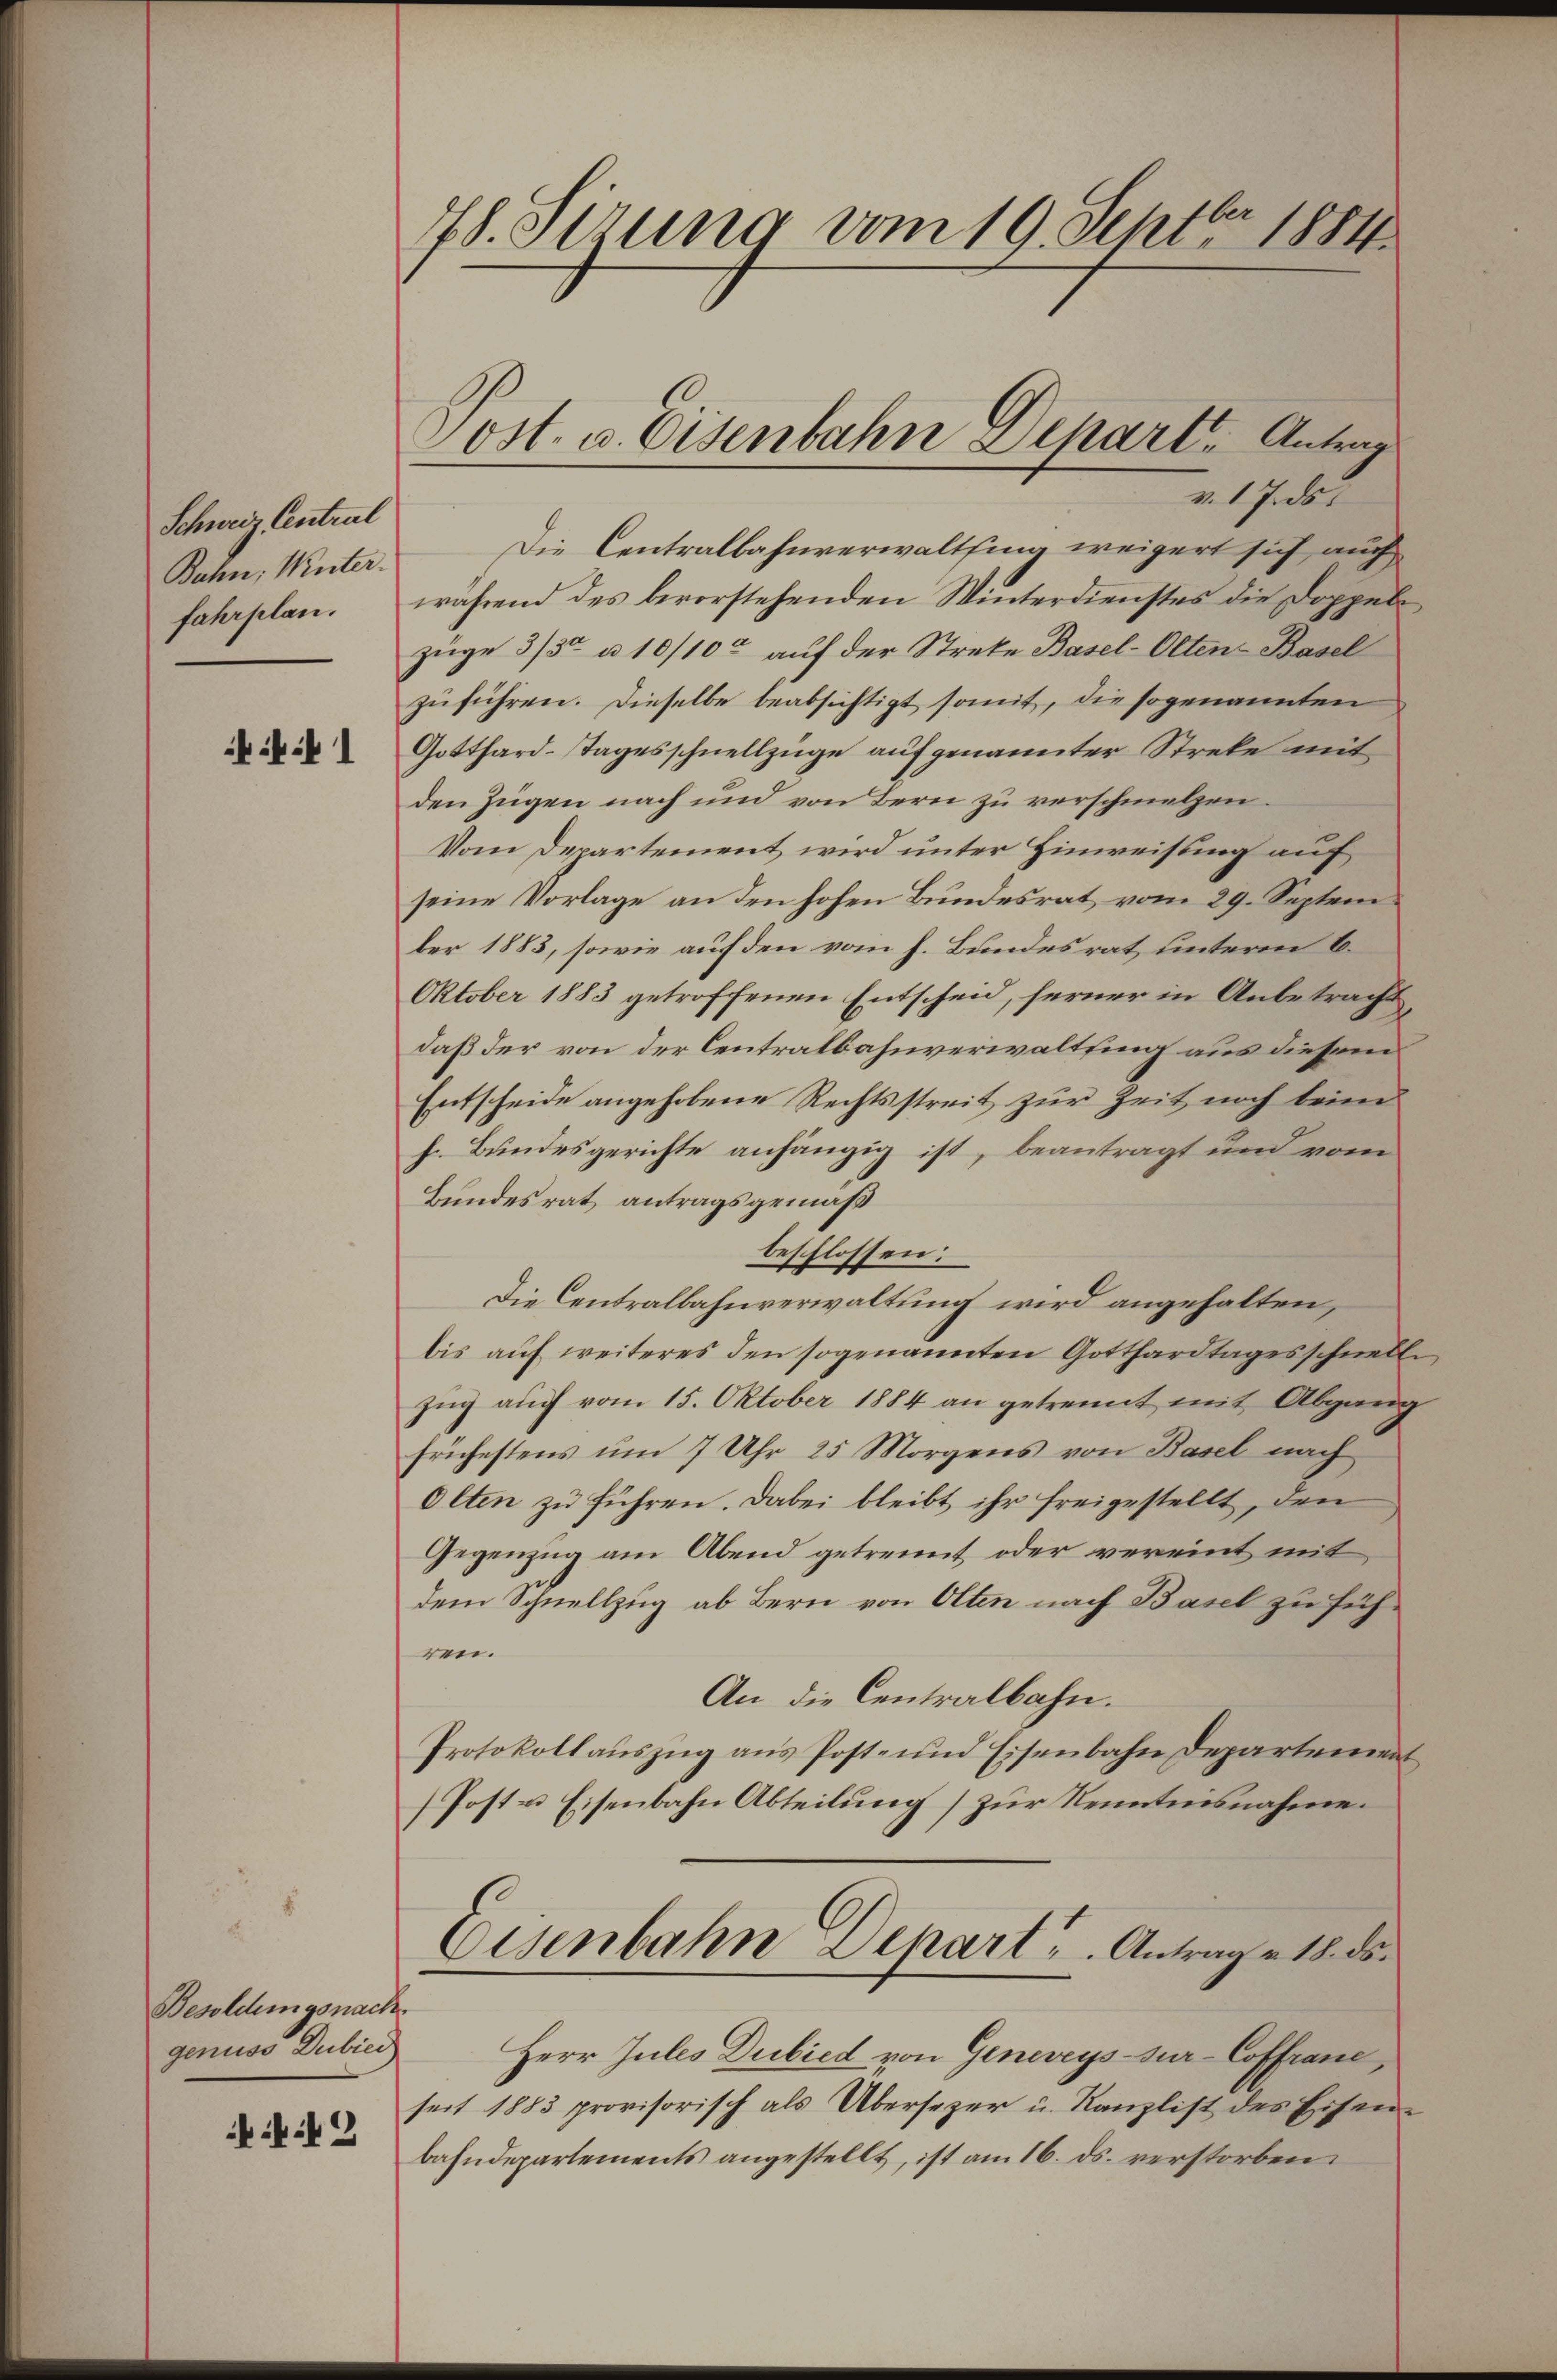
Schweiz Central
Bahn, Winter
fahrplan.

k

Besoldungsnach
genuss Dubici

4

78. Stzung vom 19. Septbr. 1884

Post. u. Eisenbahn Depart, Antrag

v. 17. ds.
Die Centralbahnverwaltsing weigert sich auch
während des bevorstehenden Winterdienstes die Doppelzüge 3/3 à 10/10 auf der Streke Basel-Olten-Basel
zuführen. Dieselbe beabsichtigt somit, die sogenannten
Gotthard-Tagesschnellzüge auf genannter Streke mit
den Zügen nach und von Bern zu verschmelzen.
Vom Departement wird unter Hinweisung auf
seine Vorlage an den hohen Bundesrat vom 29. Septem
ber 1883, sowie auf den vom h. Bundesrat unterm 6.
Oktober 1883 getroffenen Entscheid, ferner in Anbetracht,
daß der von der Centralbahnverwaltting aus diesem
Entscheide angehobene Rechtsstreit zur Zeit noch beime
h. Bundesgerichte anhängig ist, beantragt und vom
Bundesrat antragsgemäß
beschlossen:
Die Centralbahnverwaltung wird angehalten,
bis auf weiteres den sogenannten Gotthardtagesschnell
zug auch vom 15. Oktober 1884 an getrennt mit Abgang
frühestens um 7 Uhr 25 Morgens von Basel nach
Olten zu führen. Dabei bleibt ihr freigestellt, den
Gegenzug am Abend getrennt oder vereint mit
dem Schnellzug ab Bern von Olten nach Basel zu führen.
An die Centralbahn.
Protokollaŭszŭg ans Post- und Eisenbahn Departement
1. Eisenbahn Abteilung] zur Kenntnisnahme.
.
Eisenbahn Depart. Antrag v. 18. ds.
Herr Jules Dubied von Genereys sur-Coffranc,
seit 1883 provisorisch als Übersezer u. Kanzlist des Eisenbahndepartements angestellt, ist am 16. ds. verstorben